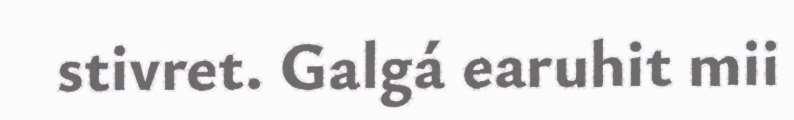
stivret. Galgá earuhit mii